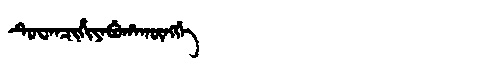
Manchu: ᡨᡠᠸᠠᠨᠴᡳᡥᡳᠶᠠᠪᡠᡥᠠᡴᡡᠩᡤᡝ
Romanization: TUWANCIHIYABUHAKŪNGGE